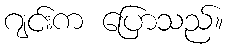
ဂျင်းက ပြောသည်။